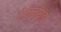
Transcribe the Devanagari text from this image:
सेफैलोपॉड